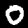
Label: 0